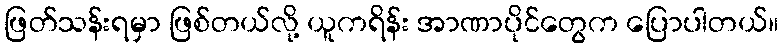
ဖြတ်သန်းရမှာ ဖြစ်တယ်လို့ ယူကရိန်း အာဏာပိုင်တွေက ပြောပါတယ်။